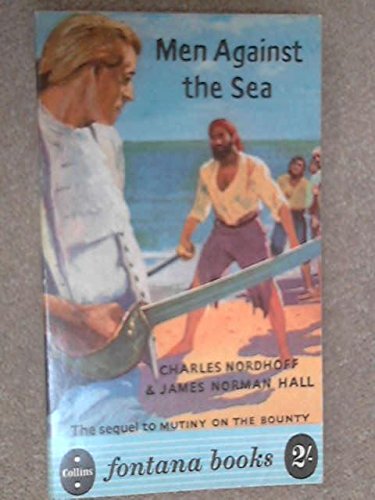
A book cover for Men Against the Sea; Charles Nordhoff; Sports & Outdoors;